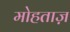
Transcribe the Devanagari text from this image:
मोहताज़